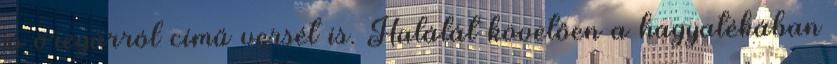
jó öregúrról című versét is. Halálát követően a hagyatékában